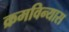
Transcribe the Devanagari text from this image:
क्रमविन्यास